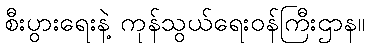
စီးပွားရေးနဲ့ ကုန်သွယ်ရေးဝန်ကြီးဌာန။